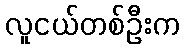
လူငယ်တစ်ဦးက